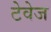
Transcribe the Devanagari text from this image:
टेवेज